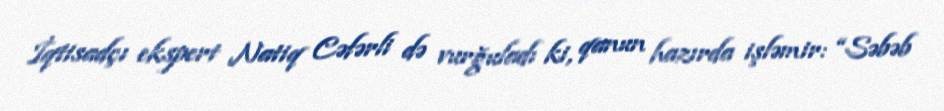
İqtisadçı ekspert Natiq Cəfərli də vurğuladı ki, qanun hazırda işləmir: “Səbəb